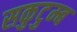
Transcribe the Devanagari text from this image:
सकुटुम्ब